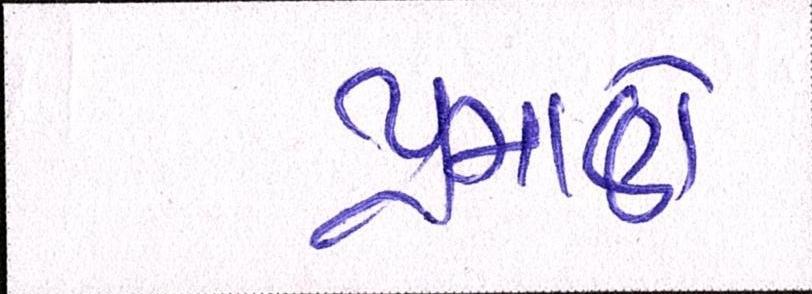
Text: પ્રમાણે